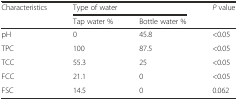
| <ROWSPAN=2> Characteristics | <COLSPAN=2> Type of water | <ROWSPAN=2> P value |
 | Tap water % | Bottle water % |
 | --- | --- | --- | --- |
 | pH | 0 | 45.8 | <0.05 |
 | TPC | 100 | 87.5 | <0.05 |
 | TCC | 55.3 | 25 | <0.05 |
 | FCC | 21.1 | 0 | <0.05 |
 | FSC | 14.5 | 0 | 0.062 |